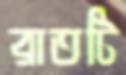
রাতটি